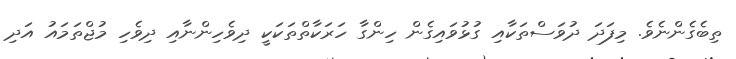
ތިބެގެންނެވެ. މިފަދަ ދުވަސްތަކާއި ގުޅުވައިގެން ހިންގާ ހަރަކާތްތަކަކީ ދިވެހިންނާއި ދިވެހި މުޖްތަމައު އަދި